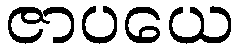
ဇာပယေ